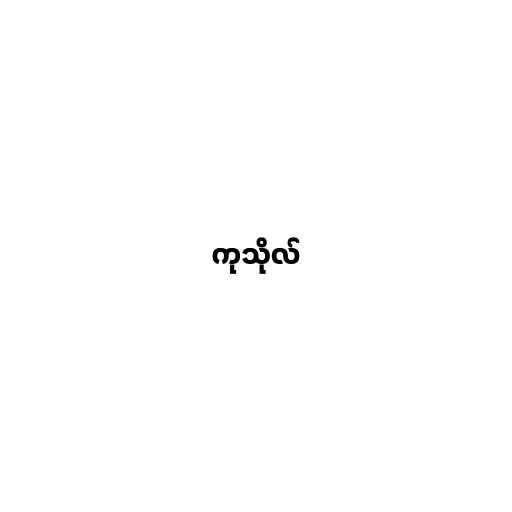
ကုသိုလ်